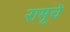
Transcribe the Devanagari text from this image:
रामूचे